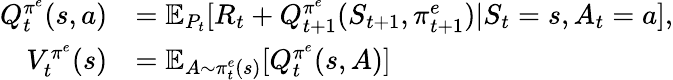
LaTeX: \begin{array}{rl}{Q_{t}^{\pi^{e}}(s,a)}&{=\textstyle\mathbb{E}_{P_{t}}[R_{t}+Q_{t+1}^{\pi^{e}}(S_{t+1},\pi_{t+1}^{e})|S_{t}=s,A_{t}=a],}\\ {V_{t}^{\pi^{e}}(s)}&{=\mathbb{E}_{A\sim\pi_{t}^{e}(s)}[Q_{t}^{\pi^{e}}(s,A)]}\end{array}